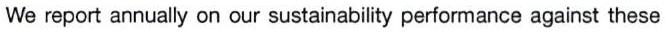
We report annually on our sustainability performance against these